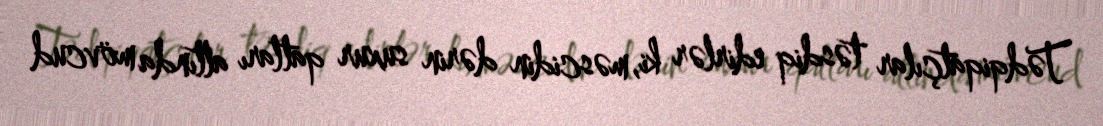
Tədqiqatçılar təsdiq edirlər ki, məscidin dərin suxur qatları altında mövcud